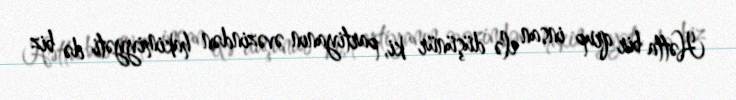
Hətta bir qrup insan elə düşünür ki, partiyanın əvəzindən hakimiyyəti də biz